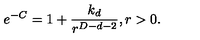
e ^ { - C } = 1 + \frac { k _ { d } } { r ^ { D - d - 2 } } , r > 0 .